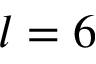
l = 6